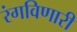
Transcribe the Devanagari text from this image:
रंगविणारी